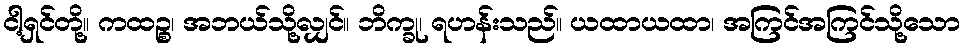
ငါ့ရှင်တို့။ ကထဉ္စ၊ အဘယ်သို့လျှင်။ ဘိက္ခု၊ ရဟန်းသည်။ ယထာယထာ၊ အကြင်အကြင်သို့သော